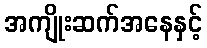
အကျိုးဆက်အနေနှင့်